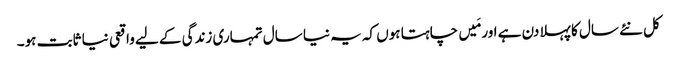
کل نئے سال کا پہلا دن ہے اور مَیں چاہتا ہوں کہ یہ نیا سال تمہاری زندگی کے لیے واقعی نیا ثابت ہو۔